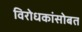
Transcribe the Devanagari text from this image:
विरोधकांसोबत